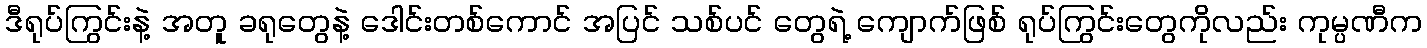
ဒီရုပ်ကြွင်းနဲ့ အတူ ခရုတွေနဲ့ ဒေါင်းတစ်ကောင် အပြင် သစ်ပင် တွေရဲ့ ကျောက်ဖြစ် ရုပ်ကြွင်းတွေကိုလည်း ကုမ္ပဏီက